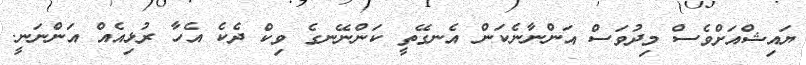
ޔައިޝްއަށްވެސް މިދުވަސް އަންނާނެކަން އެނގޭތީ ކަންނޭނގެ ވިކް ދެކެ އެހާ ރުޅިއެއް އަންނަނީ.